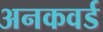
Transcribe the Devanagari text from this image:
अनकवर्ड